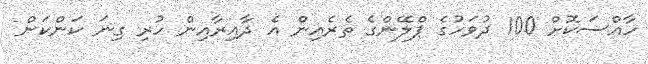
ހާއްސަކޮށް 100 ދުވަހުގެ ޕްލޭންގެ ތެރެއިން އެ ދާއިރާއިން ހުރި ގިނަ ކަންކަން